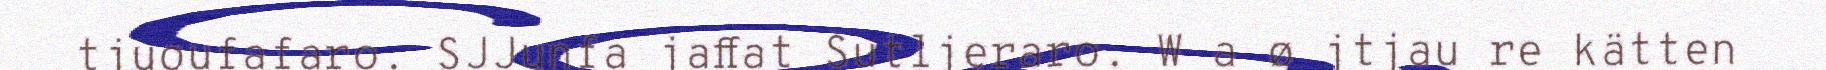
tjuoufafaro. SJJunfa jaffat Sutljeraro. W a ø jtjau re kätten